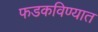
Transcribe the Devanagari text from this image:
फडकविण्यात